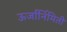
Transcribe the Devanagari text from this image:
ऊर्जार्निमिती